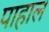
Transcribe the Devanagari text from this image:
पाहाल